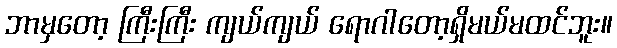
ဘာမှတော့ ကြီးကြီး ကျယ်ကျယ် ရောဂါတော့ရှိမယ်မထင်ဘူး။